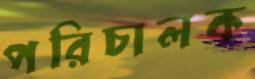
পরিচালক